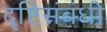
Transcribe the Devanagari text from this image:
दृष्टिसंबंधी